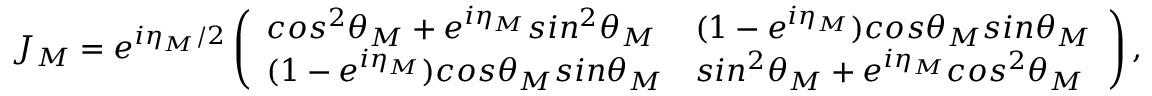
J _ { M } = e ^ { i \eta _ { M } / 2 } \left( \begin{array} { l l } { c o s ^ { 2 } \theta _ { M } + e ^ { i \eta _ { M } } s i n ^ { 2 } \theta _ { M } } & { ( 1 - e ^ { i \eta _ { M } } ) c o s \theta _ { M } s i n \theta _ { M } } \\ { ( 1 - e ^ { i \eta _ { M } } ) c o s \theta _ { M } s i n \theta _ { M } } & { s i n ^ { 2 } \theta _ { M } + e ^ { i \eta _ { M } } c o s ^ { 2 } \theta _ { M } } \end{array} \right) ,